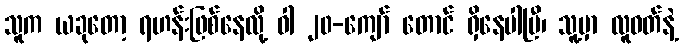
သူက ယခုတော့ ရဟန်းဖြစ်နေလို့ ဝါ ၂၀-ကျော် တောင် ရှိနေပါပြီ၊ သူ့မှာ လူဝတ်နဲ့